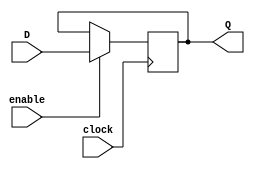
module Gated_D_latch (
    input D,
    input enable,
    input clock,
    output reg Q
);

always @(posedge clock) begin
    if (enable) begin
        Q <= D;
    end
end

endmodule